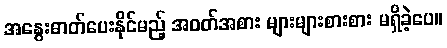
အနွေးဓာတ်ပေးနိုင်မည့် အဝတ်အစား များများစားစား မရှိခဲ့ပေ။